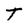
Character: T